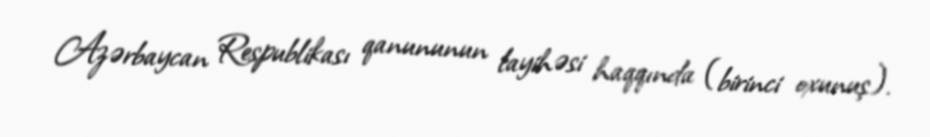
Azərbaycan Respublikası qanununun layihəsi haqqında (birinci oxunuş).